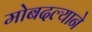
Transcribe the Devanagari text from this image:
मोबदल्याने